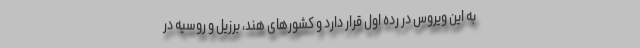
به این ویروس در رده اول قرار دارد و کشورهای هند، برزیل و روسیه در